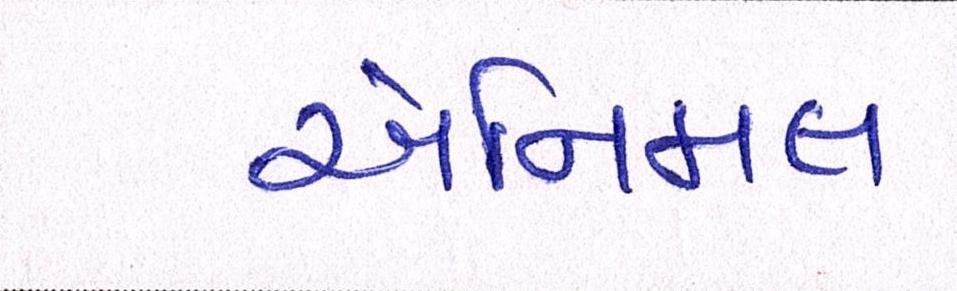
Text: એનિમલ